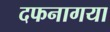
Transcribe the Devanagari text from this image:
दफनागया